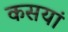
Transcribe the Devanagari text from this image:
कसयां